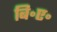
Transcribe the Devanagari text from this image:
बि॰ए॰